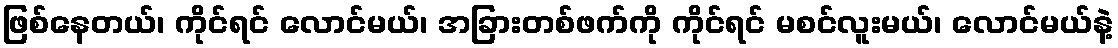
ဖြစ်နေတယ်၊ ကိုင်ရင် လောင်မယ်၊ အခြားတစ်ဖက်ကို ကိုင်ရင် မစင်လူးမယ်၊ လောင်မယ်နဲ့